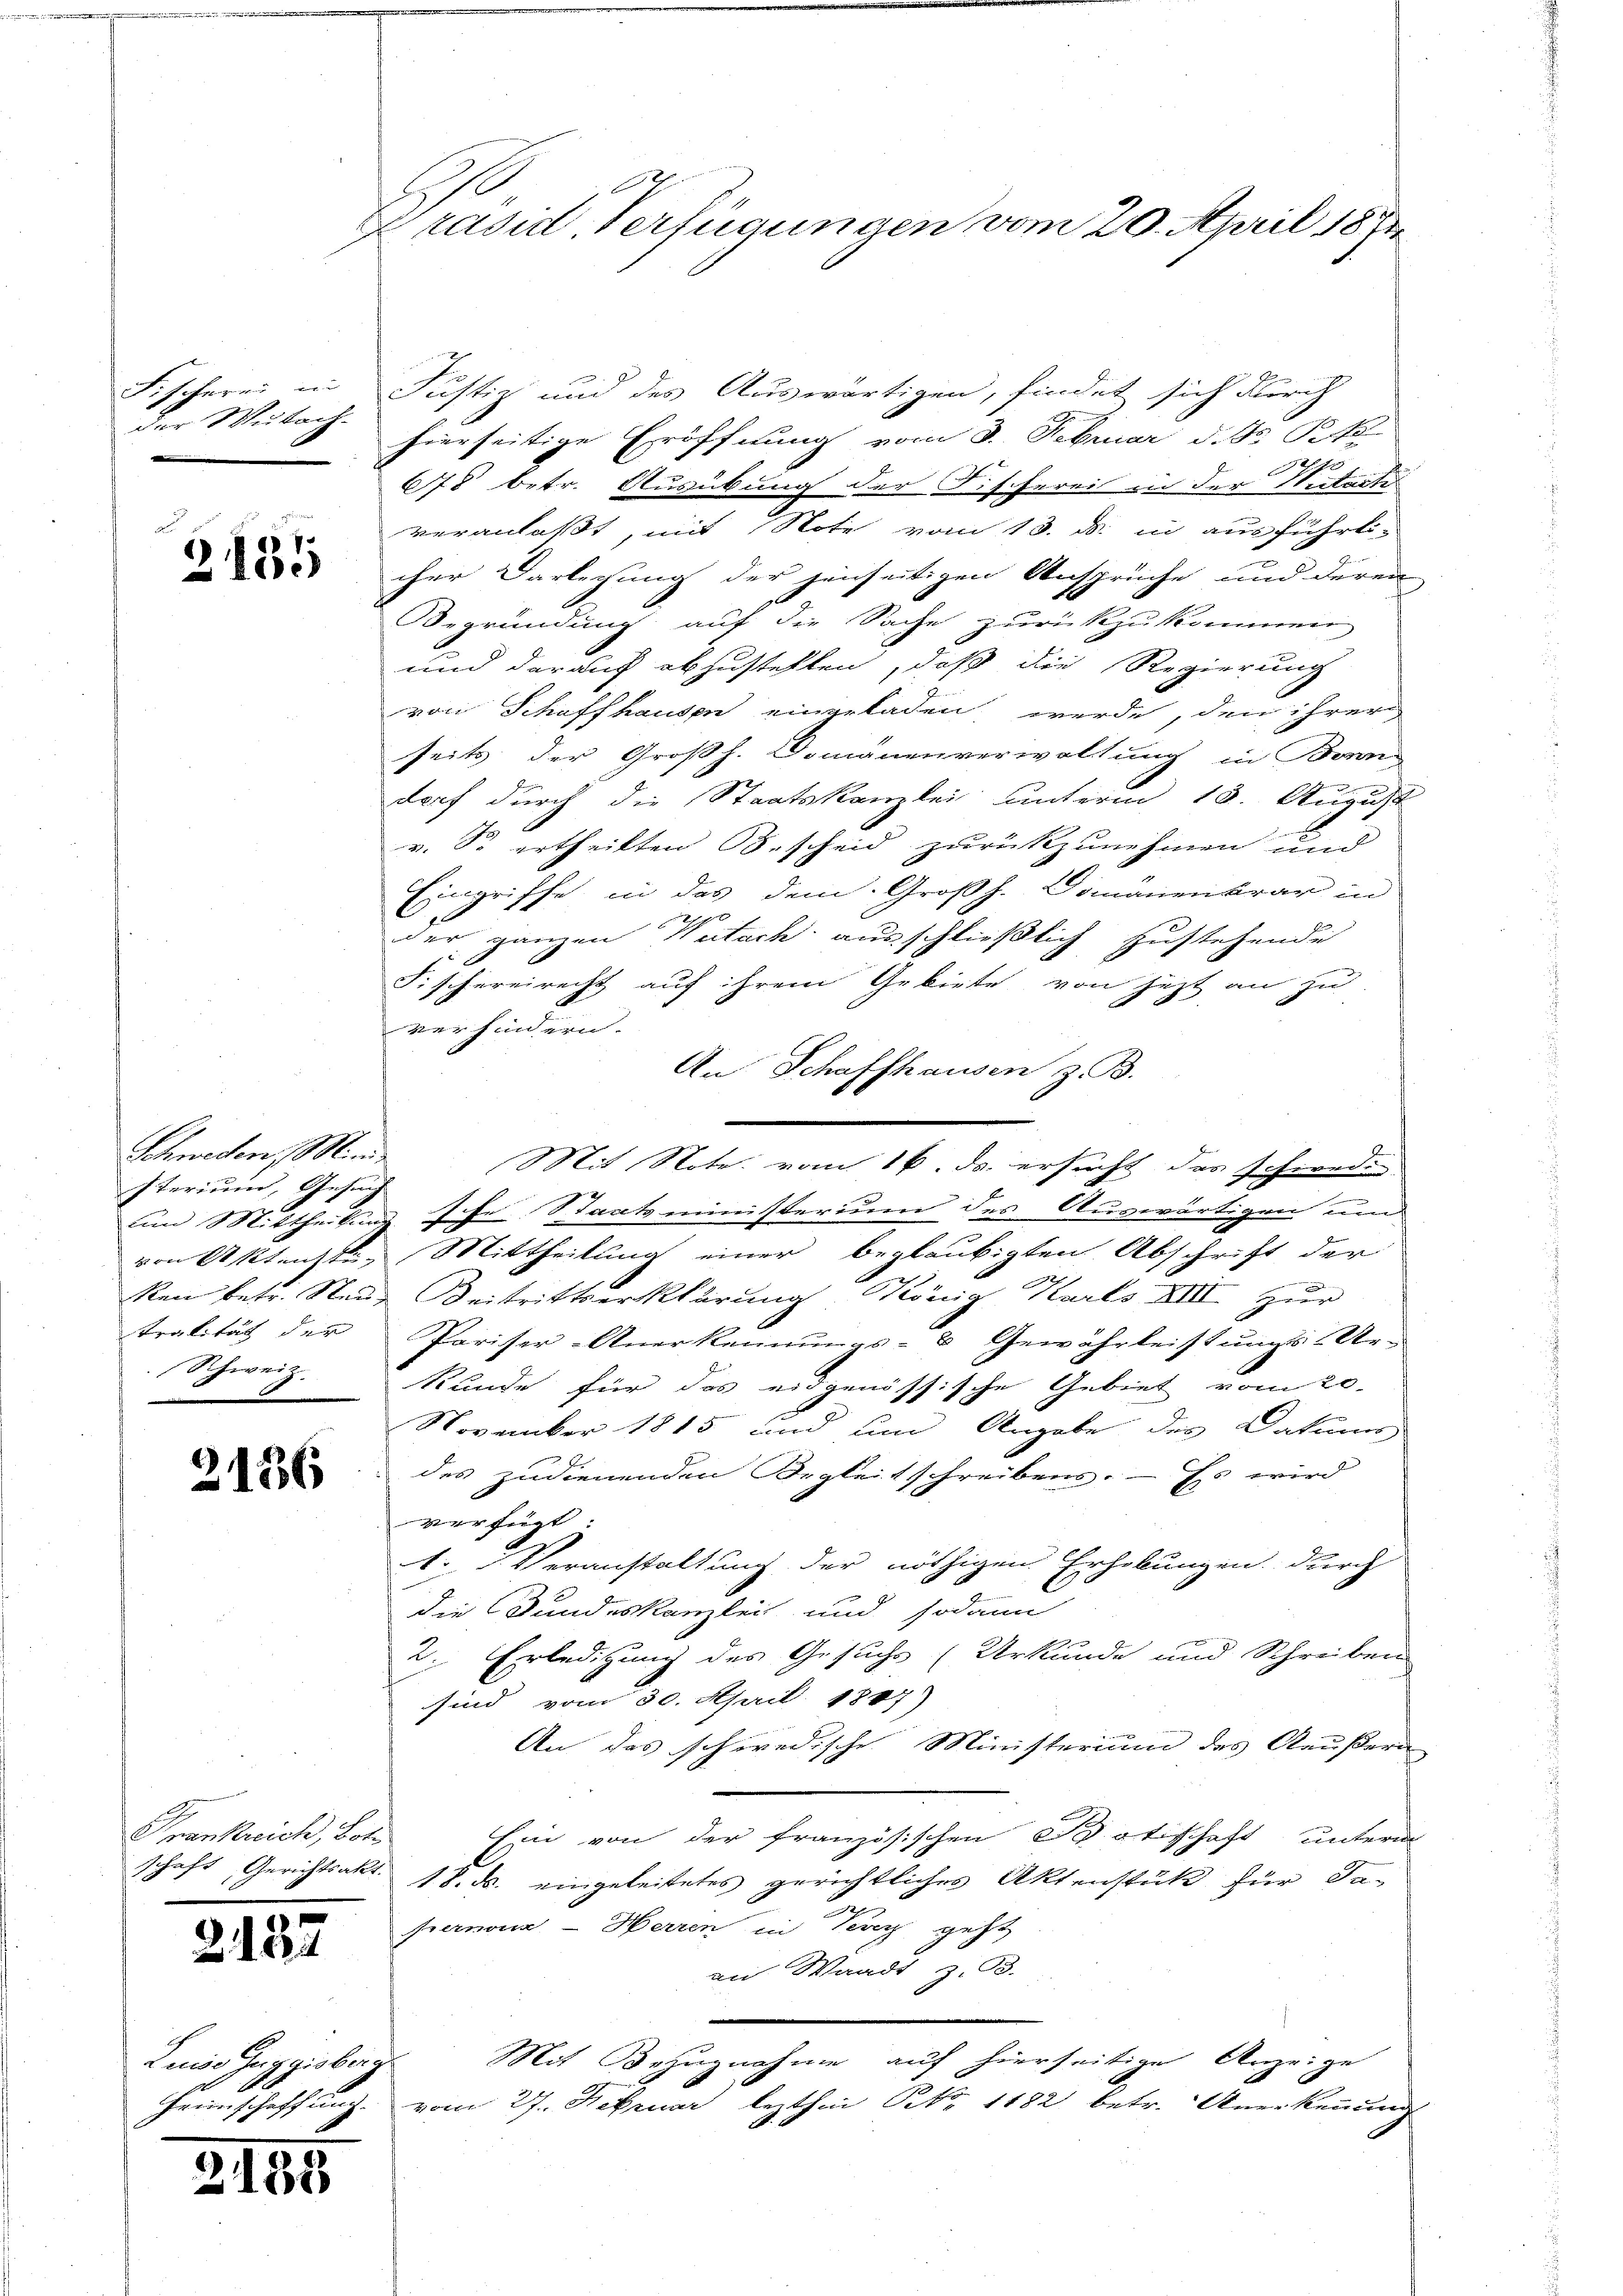
der Wutach-
.

Schweden, Minde
sterium, Gesuch
Schweiz.
e

2136

Frankreich, Lot

2127

Linos Zuggisberg

2155

2
Präsid Verfügungen vom 20. April 1891

Fischerei in Justiz und des Auswärtigen, findet sich durch
hierseitige Eröffnung vom 3. Februar d. J. Pete
2
678 betr. Ausübung der Fischerei in der Mitarti
veranlaßt, mit Note vom 13. d. in ausführt.
 cher Darlechung der jenseitigen Ansprüche und deren
Begründung auf die Sache zurückzukommen
und darauf abzustellen, daß die Regierung
von Schaffhausen eingeladen werde, den ihrer
seits der Großh. Domänenverwaltung in Bern
dorf durch die Staatskanzlei unterm 18. August
v. So ertheilten Bescheid zurükzunehmen und
Eingriffe in das dem Großh. Domänenkrar in
b
der ganzen Nutach ausschließlich zustehende
Fischereirecht auf ihrem Gebiete von jezt an zu
verhindern.
An Schaffhausen z. B.
Mit Note vom 16. ds. ersucht das schiede
und Mittheilung sche Staatsministerium des Auswärtigen und
von Aktenste, Mittheilung einer beglaubigten Abschrift der
g
ken betr. Neue Beitrittserklärung König Karls XIII zur
tralität der Pariser Anerkennungs- & Gewährleistungs-Ur-
Stunde für das eidgenössische Gebiet vom 20.
November 1815 und und Angabe des Datums
des zudienenden Orgleitschreibens. — Es wird
verfügt:
1. Veranstaltung der nöthigen Erhebungen durch
die Bundeskanzlei und sodann
2. Erledigung des Gesuchs (Urkunde und Schreiben
sind vom 30. April 1847)
An das schwedische Ministerium des Aeußern
Ein von der französischen Botschaft unterm
schaft Gerichtsakt. 18. ds. eingeleitetes gerichtliches Aktenstück für da-
z
fernenz - Herren in Teig geht
an Waadt z. B.
e
Mit Bezugnahme auf hierseitige Anzeige
Heimschaffung vom 27. Februar lezthin No 1182 betr. Anerkennung